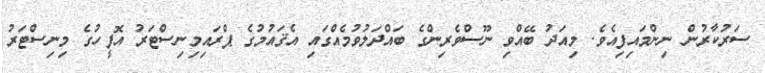
ސަރުކާރުން ނިންމައިފިއެވެ. މިއަދު ބޭއްވި ނޫސްވެރިންގެ ބައްދަލުވުމެއްގައި އެޤައުމުގެ ޕްރައިމިނިސްޓަރު އޮފީހުގެ މިނިސްޓަރު